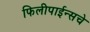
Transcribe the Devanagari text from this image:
फिलीपाईन्सचे